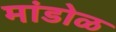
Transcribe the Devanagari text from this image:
मांडोळ